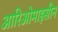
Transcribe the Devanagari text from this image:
आरिओमाइसीन